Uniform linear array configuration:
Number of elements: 32
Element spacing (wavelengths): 0.5
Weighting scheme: hann
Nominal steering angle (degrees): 0
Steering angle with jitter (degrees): -1.967
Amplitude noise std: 0.05
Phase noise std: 0.05

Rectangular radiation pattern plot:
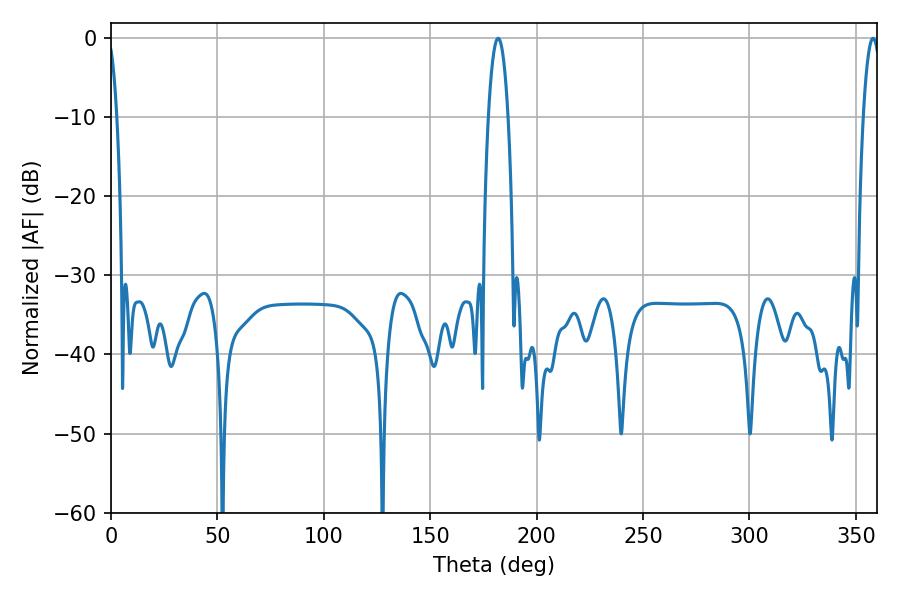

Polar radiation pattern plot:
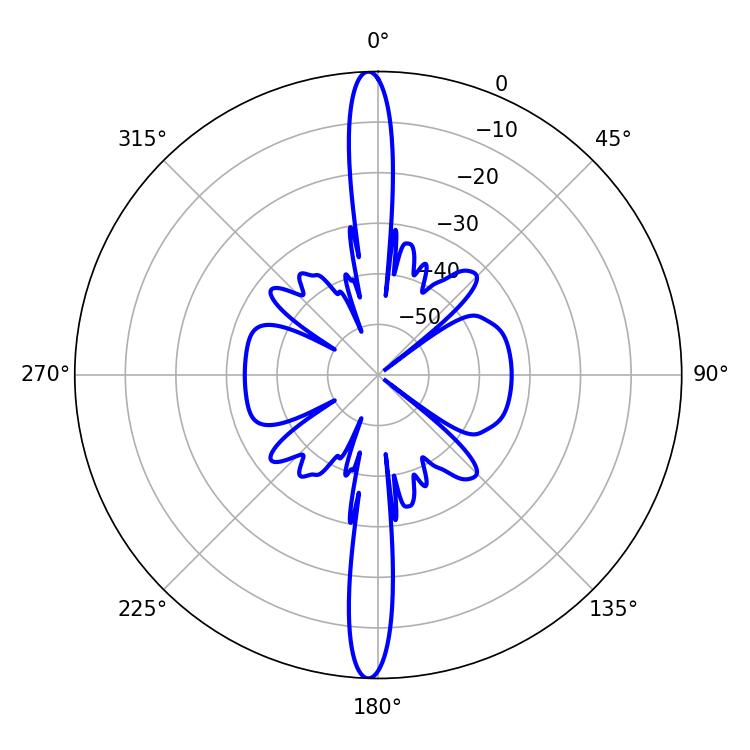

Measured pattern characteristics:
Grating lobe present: FALSE
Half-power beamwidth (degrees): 5.22
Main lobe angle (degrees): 181.98